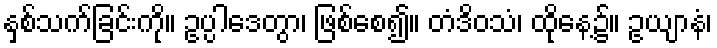
နှစ်သက်ခြင်းကို။ ဥပ္ပါဒေတွာ၊ ဖြစ်စေ၍။ တံဒိဝသံ၊ ထိုနေ့၌။ ဥယျာနံ၊